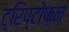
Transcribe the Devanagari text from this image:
ट्रिप्टोफ़न